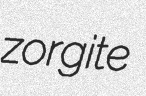
zorgite